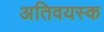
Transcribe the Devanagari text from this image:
अतिवयस्क